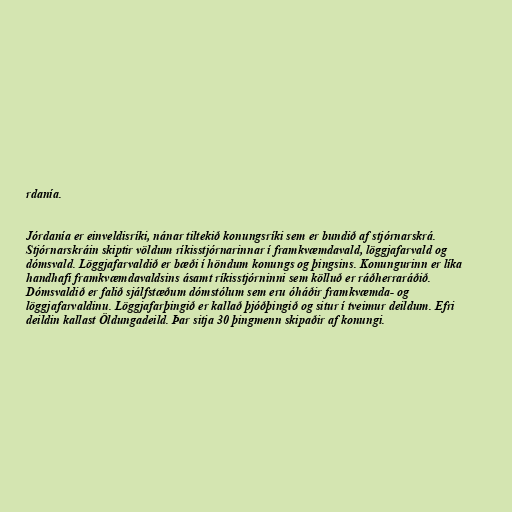
rdanía.

Jórdanía er einveldisríki, nánar tiltekið konungsríki sem er bundið af stjórnarskrá.
Stjórnarskráin skiptir völdum ríkisstjórnarinnar í framkvæmdavald, löggjafarvald og
dómsvald. Löggjafarvaldið er bæði í höndum konungs og þingsins. Konungurinn er líka
handhafi framkvæmdavaldsins ásamt ríkisstjórninni sem kölluð er ráðherraráðið.
Dómsvaldið er falið sjálfstæðum dómstólum sem eru óháðir framkvæmda- og
löggjafarvaldinu. Löggjafarþingið er kallað þjóðþingið og situr í tveimur deildum. Efri
deildin kallast Öldungadeild. Þar sitja 30 þingmenn skipaðir af konungi.